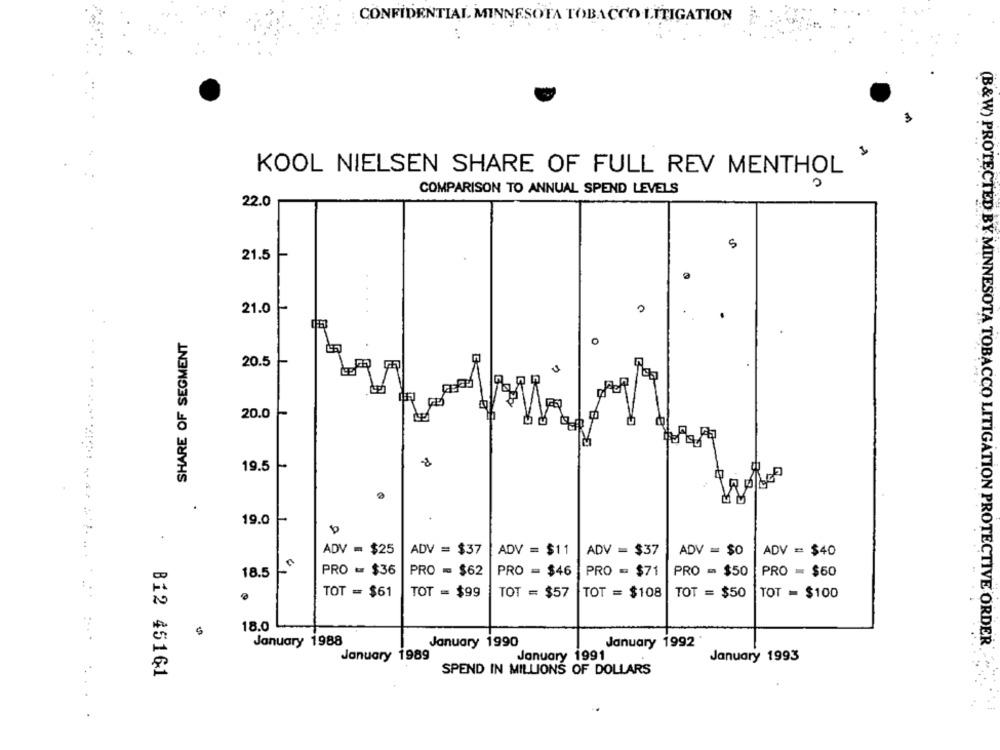
CONFIDENTIAL MINNESOTA TOBACCO LITIGATION
3
KOOL NIELSEN SHARE OF FULL REV MENTHOL
COMPARISON TO ANNUAL SPEND LEVELS
22.0
5
21.5
21.0
SHARE OF SEGMENT
20.5
20.0
19.5
19.0
ADV = $25
ADV = $37
ADV = $11
ADV = $37
ADV = $0
ADV = $40
18.5 "
PRO - $36
PRO - $62
PRO - $46
PRO - $71
PRO = $50
PRO = $60
TOT = $61
TOT = $99
TOT = $57
TOT = $108
TOT = $50
TOT = $100
18.0
January 1988
January 1990
January 1992
(B&W) PROTECTED BY MINNESOTA TOBACCO LITIGATION PROTECTIVE ORDER.
January 1989
January 1991
January 1993
B12 45161
SPEND IN MILLIONS OF DOLLARS